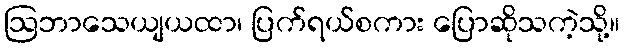
ဩဘာသေယျယထာ၊ ပြက်ရယ်စကား ပြောဆိုသကဲ့သို့။